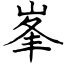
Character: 峯